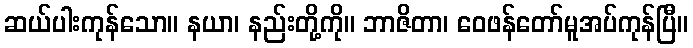
ဆယ်ပါးကုန်သော။ နယာ၊ နည်းတို့ကို။ ဘာဇိတာ၊ ဝေဖန်တော်မူအပ်ကုန်ပြီ။